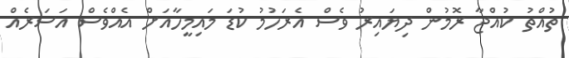
ތުއްތު ކުއްޖާ ރޮމުން ދިޔައިރު ވެސް އެރަހުމު ކުޑަ މައިމީހާއަށް އެއްވެސް އަސަރެއް